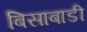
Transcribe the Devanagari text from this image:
बिसाबाडी